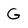
Character: G